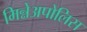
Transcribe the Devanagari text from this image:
मिन्नेअपोलिस